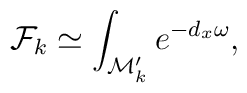
{\cal F}_k \simeq \int_{{\cal M}'_k} e^{-d_x\omega},